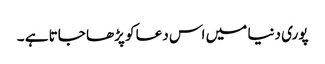
پوری دنیا میں اس دعا کو پڑھا جاتا ہے ۔